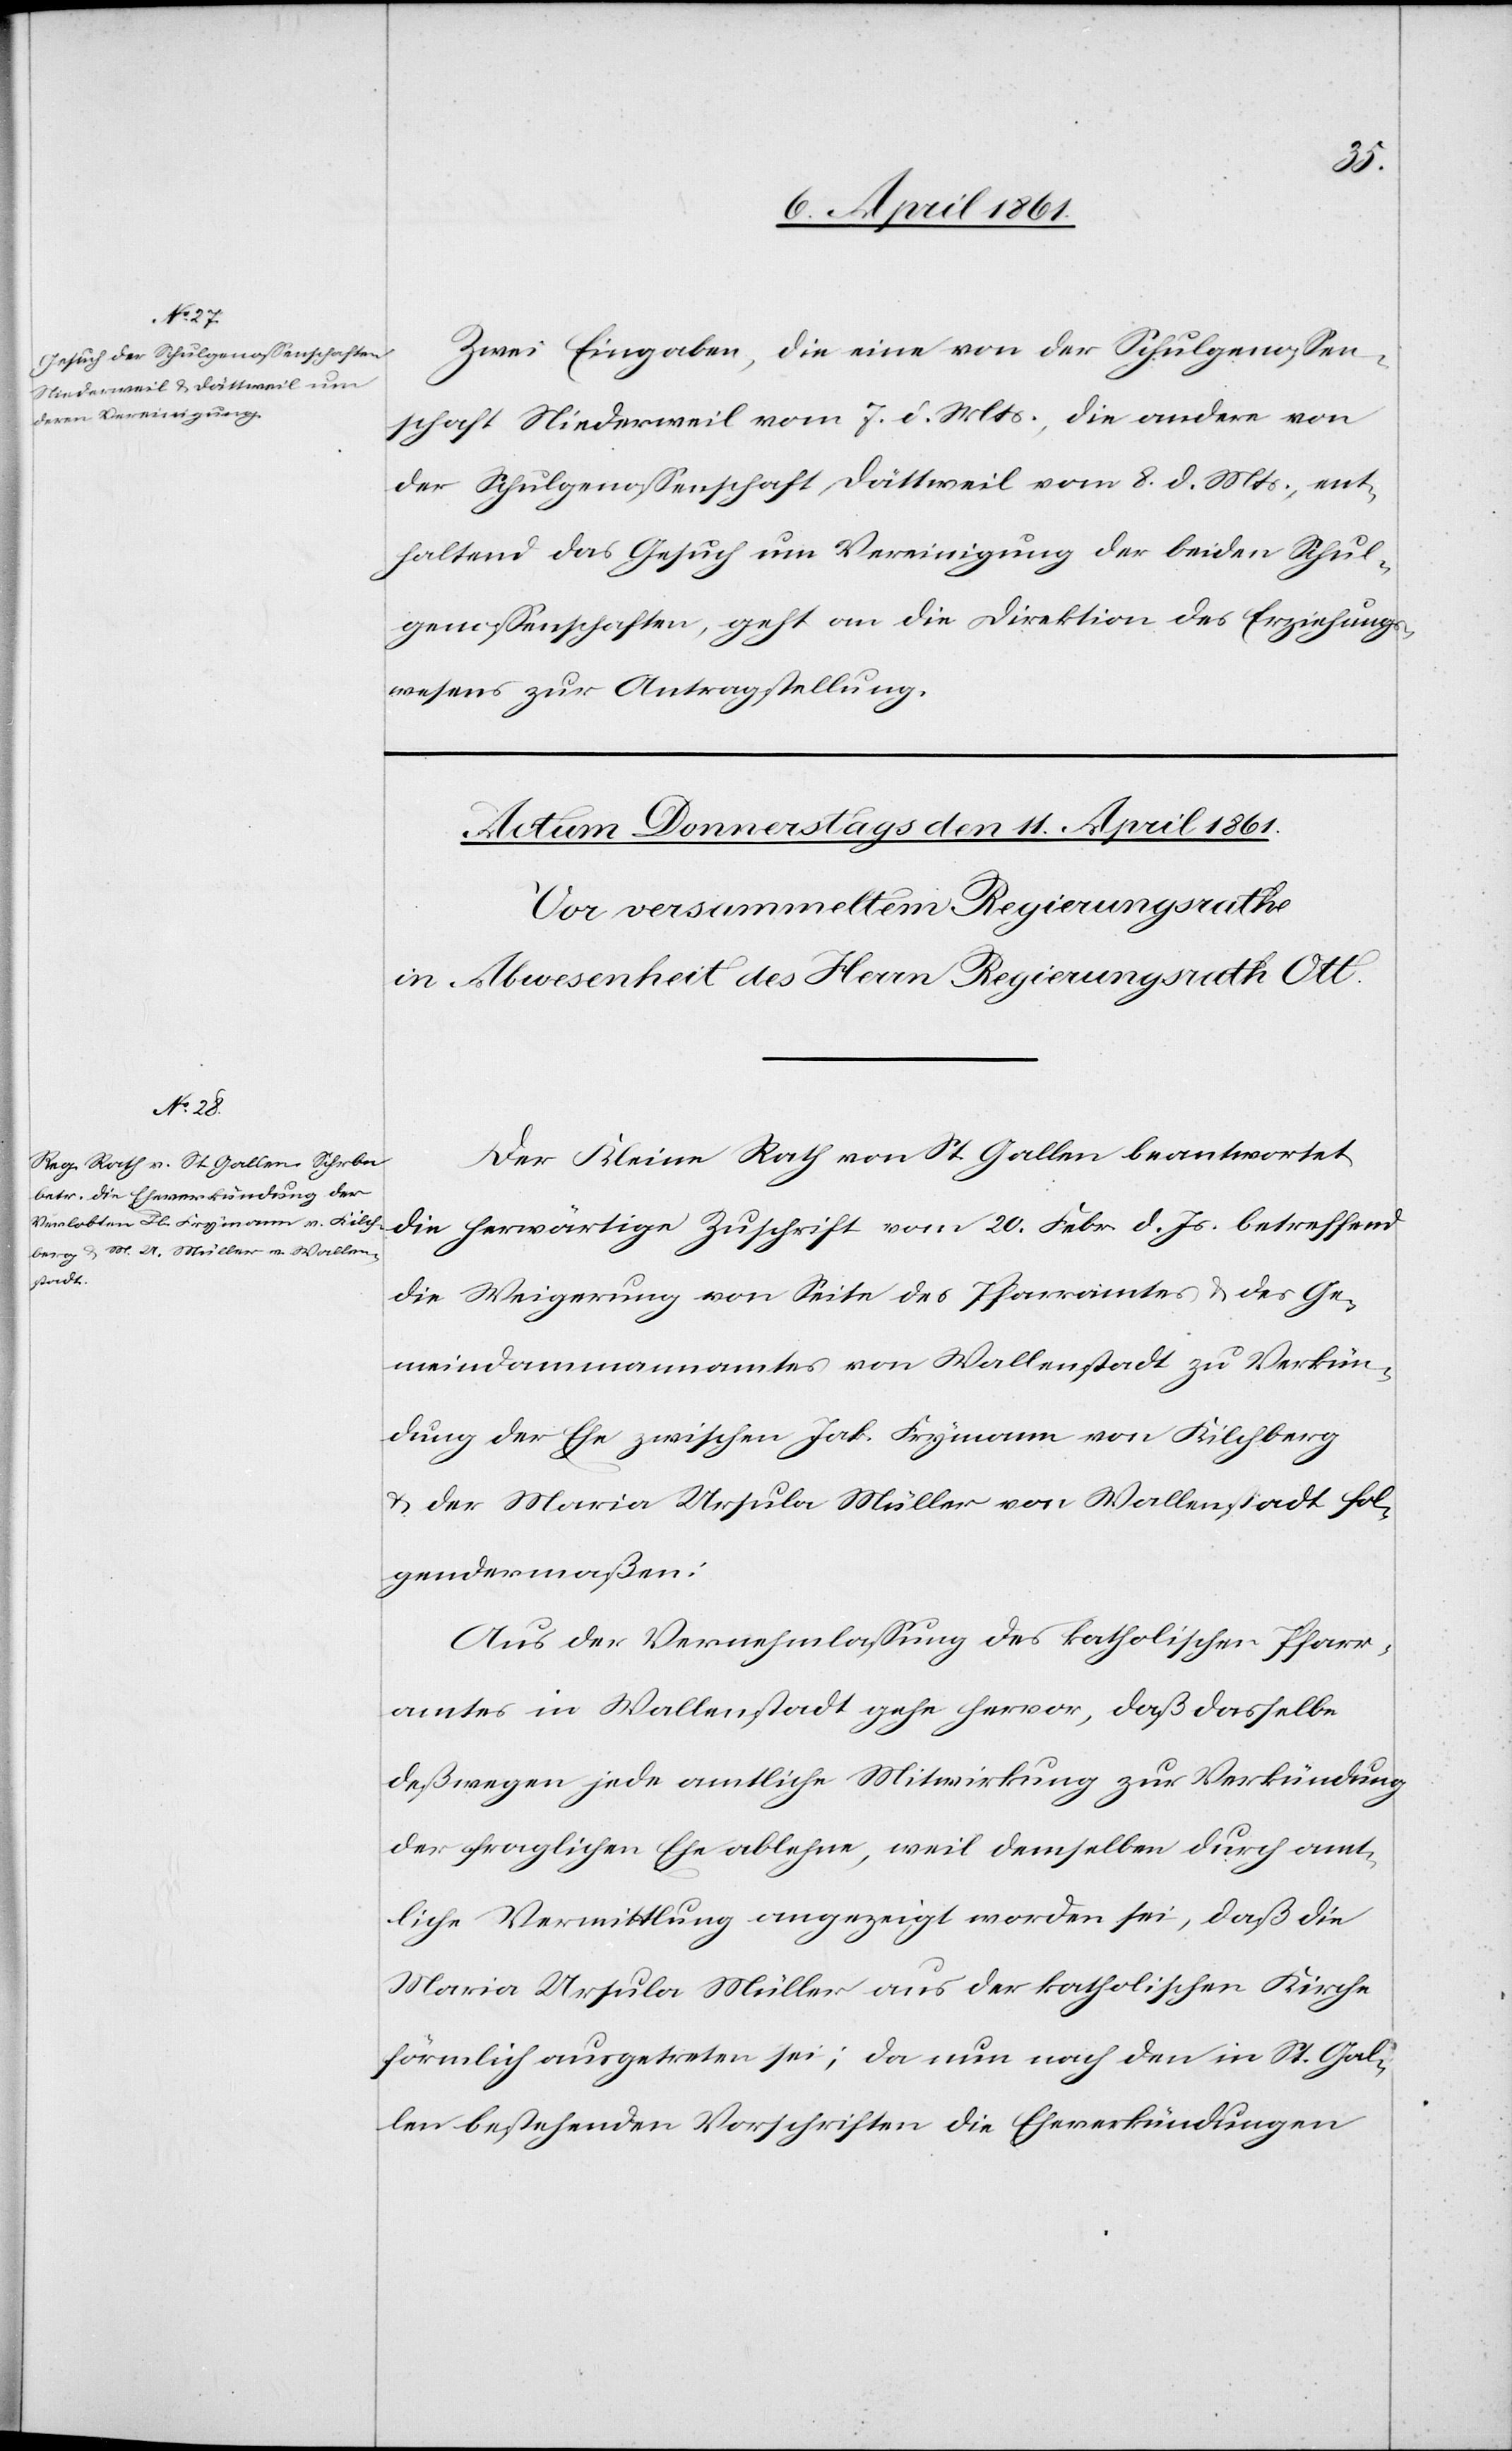
10. April 1861.]
Zwei Eingaben, die eine von der Schulgenossen¬
schaft Niederweil vom 7. d. Mts., die andere von
der Schulgenossenschaft Dättweil vom 8. d. Mts., ent¬
haltend das Gesuch um Vereinigung der beiden Schul¬
genossenschaften, geht an die Direktion des Erziehungs¬
wesens zur Antragstellung.
Der Kleine Rath von St. Gallen beantwortet
die herwärtige Zuschrift vom 20. Febr. d. Js. betreffend
die Weigerung von Seite des Pfarramtes u. des Ge¬
meindammannamtes von Wallenstadt zu Verkün¬
dung der Ehe zwischen Jak. Frymann von Kilchberg
u. der Maria Ursula Müller von Wallenstadt fol¬
gendermaßen:
Aus der Vernehmlassung des katholischen Pfarr¬
amtes in Wallenstadt gehe hervor, daß dasselbe
deßwegen jede amtliche Mitwirkung zur Verkündung
der fraglichen Ehe ablehne, weil demselben durch amt¬
liche Vermittlung angezeigt worden sei, daß die
Maria Ursula Müller aus der katholischen Kirche
förmlich ausgetreten sei; da nun noch den in St. Gal¬
len bestehenden Vorschriften die Eheverkündungen